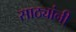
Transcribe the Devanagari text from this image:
साठ्यांनी